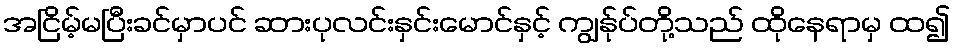
အငြိမ့်မပြီးခင်မှာပင် ဆားပုလင်းနှင်းမောင်နှင့် ကျွန်ုပ်တို့သည် ထိုနေရာမှ ထ၍